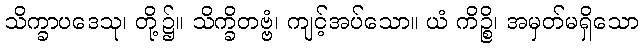
သိက္ခာပဒေသု၊ တို့၌။ သိက္ခိတဗ္ဗံ၊ ကျင့်အပ်သော။ ယံ ကိဉ္စိ၊ အမှတ်မရှိသော